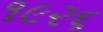
૧૯૨૬